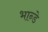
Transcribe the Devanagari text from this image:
भान्डे